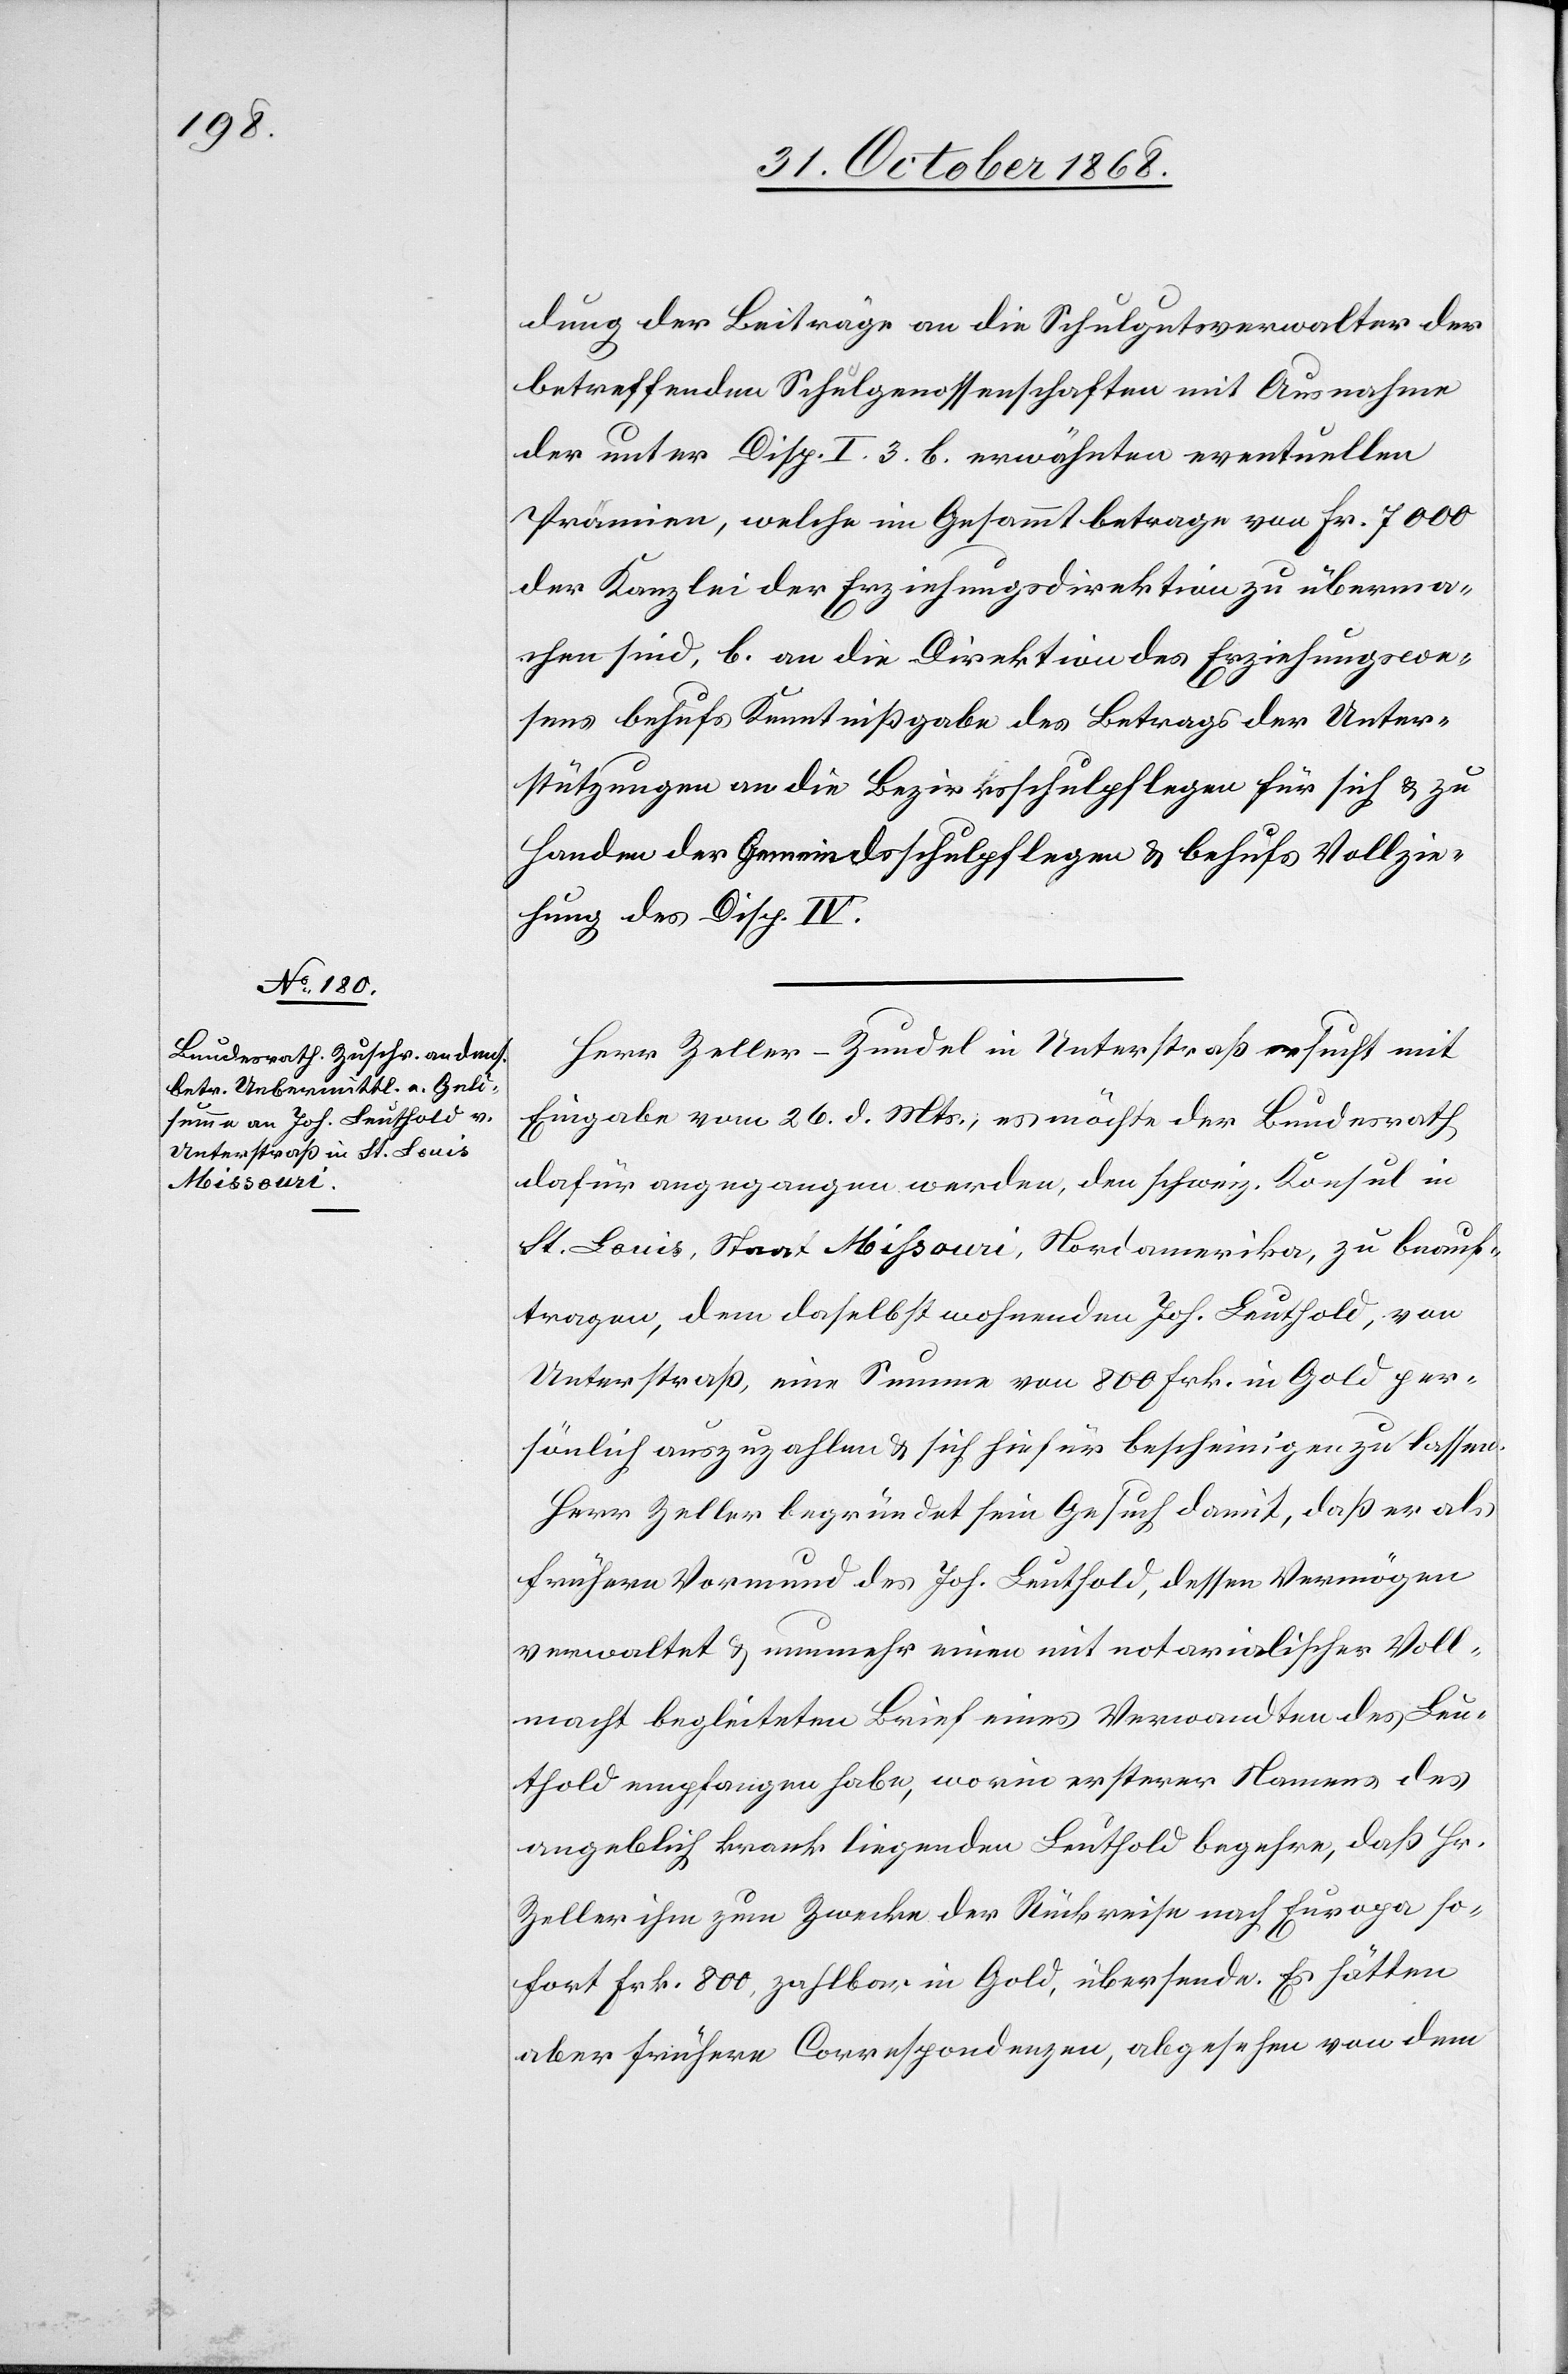
dung der Beiträge an die Schulgutsverwalter der
betreffenden Schulgenossenschaften mit Ausnahme
der unter Disp. I. 3 b. erwähnten eventuellen
Prämien, welche im Gesammtbetrage von Fr. 7000
der Kanzlei der Erziehungsdirektion zu überma¬
chen sind, b. an die Direktion des Erziehungswe¬
sens behufs Kenntnißgabe des Betrags der Unter¬
stützungen an die Bezirksschulpflegen für sich & zu
Handen der Gemeindsschulpflegen & behufs Vollzie¬
hung des Disp. IV.
Herr Zeller-Zundel in Unterstraß ersucht mit
Eingabe vom 26. d. Mts., es möchte der Bundesrath
dafür angegangen werden, den schweiz. Konsul in
St. Louis, Staat Missouri, Nordamerika, zu beauf¬
tragen, dem daselbst wohnenden Joh. Leuthold, von
Unterstraß, eine Summe von 800 Frk. in Gold per¬
sönlich auszuzahlen & sich hiefür bescheinigen zu lassen.
Herr Zeller begründet sein Gesuch damit, daß er als
frühern Vormund des Joh. Leuthold, dessen Vermögen
verwaltet & nunmehr einen mit notarialischer Voll¬
macht begleiteten Brief eines Verwandten des Leu¬
thold empfangen habe, worin ersterer Namens des
angeblich krank liegenden Leuthold begehre, daß Hr.
Zeller ihm zum Zwecke der Rückreise nach Europa so¬
fort Frk. 800, zahlbar in Gold, übersende. Es hätten
aber frühere Correspondenzen, abgesehen von dem